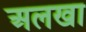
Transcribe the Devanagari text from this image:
अलखा